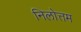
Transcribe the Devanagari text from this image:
निलोत्तम